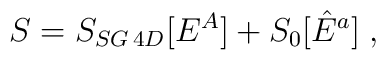
S= S_{SG\, 4D}[E^A] + S_{0}[\hat{E}^a]  \; ,